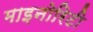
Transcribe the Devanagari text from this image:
माइनोरिटी